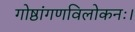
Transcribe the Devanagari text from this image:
गोष्ठांगणविलोकनः।